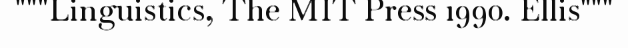
"""Linguistics, The MIT Press 1990. Ellis"""